Annual report on the working of the mental hospitals in the Madras Presidency - 1912-1932
Year: 1912
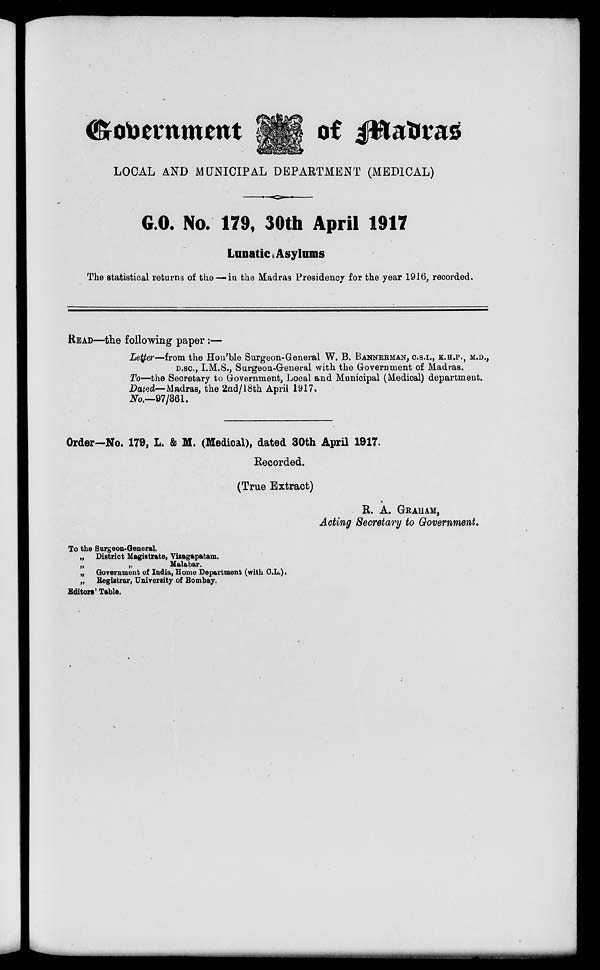
Government
of Madras
LOCAL AND MUNICIPAL DEPARTMENT (MEDICAL)
G.O. No. 179, 30th April 1917
Lunatic Asylums
The statistical returns of the — in the Madras Presidency for the year 1916, recorded.
READ—the following paper:—
Letter—from the Hon'ble Surgeon-General W. B. BANNERMAN, C.S.I., K.H.P., M.D.,
D.SC., I.M.S., Surgeon-General with the Government of Madras.
To—the Secretary to Government, Local and Municipal (Medical) department.
Dated—Madras, the 2nd/18th April 1917.
No.— 97/361.
Order—No. 179, L. & M. (Medical), dated 30th April 1917.
Recorded.
(True Extract)
R. A. GRAHAM,
Acting Secretary to Government.
To the Surgeon-General.
„ District Magistrate, Vizagapatam.
„
„
Malabar.
„ Government of India, Home Department (with C.L.).
„ Registrar, University of Bombay.
Editors' Table.